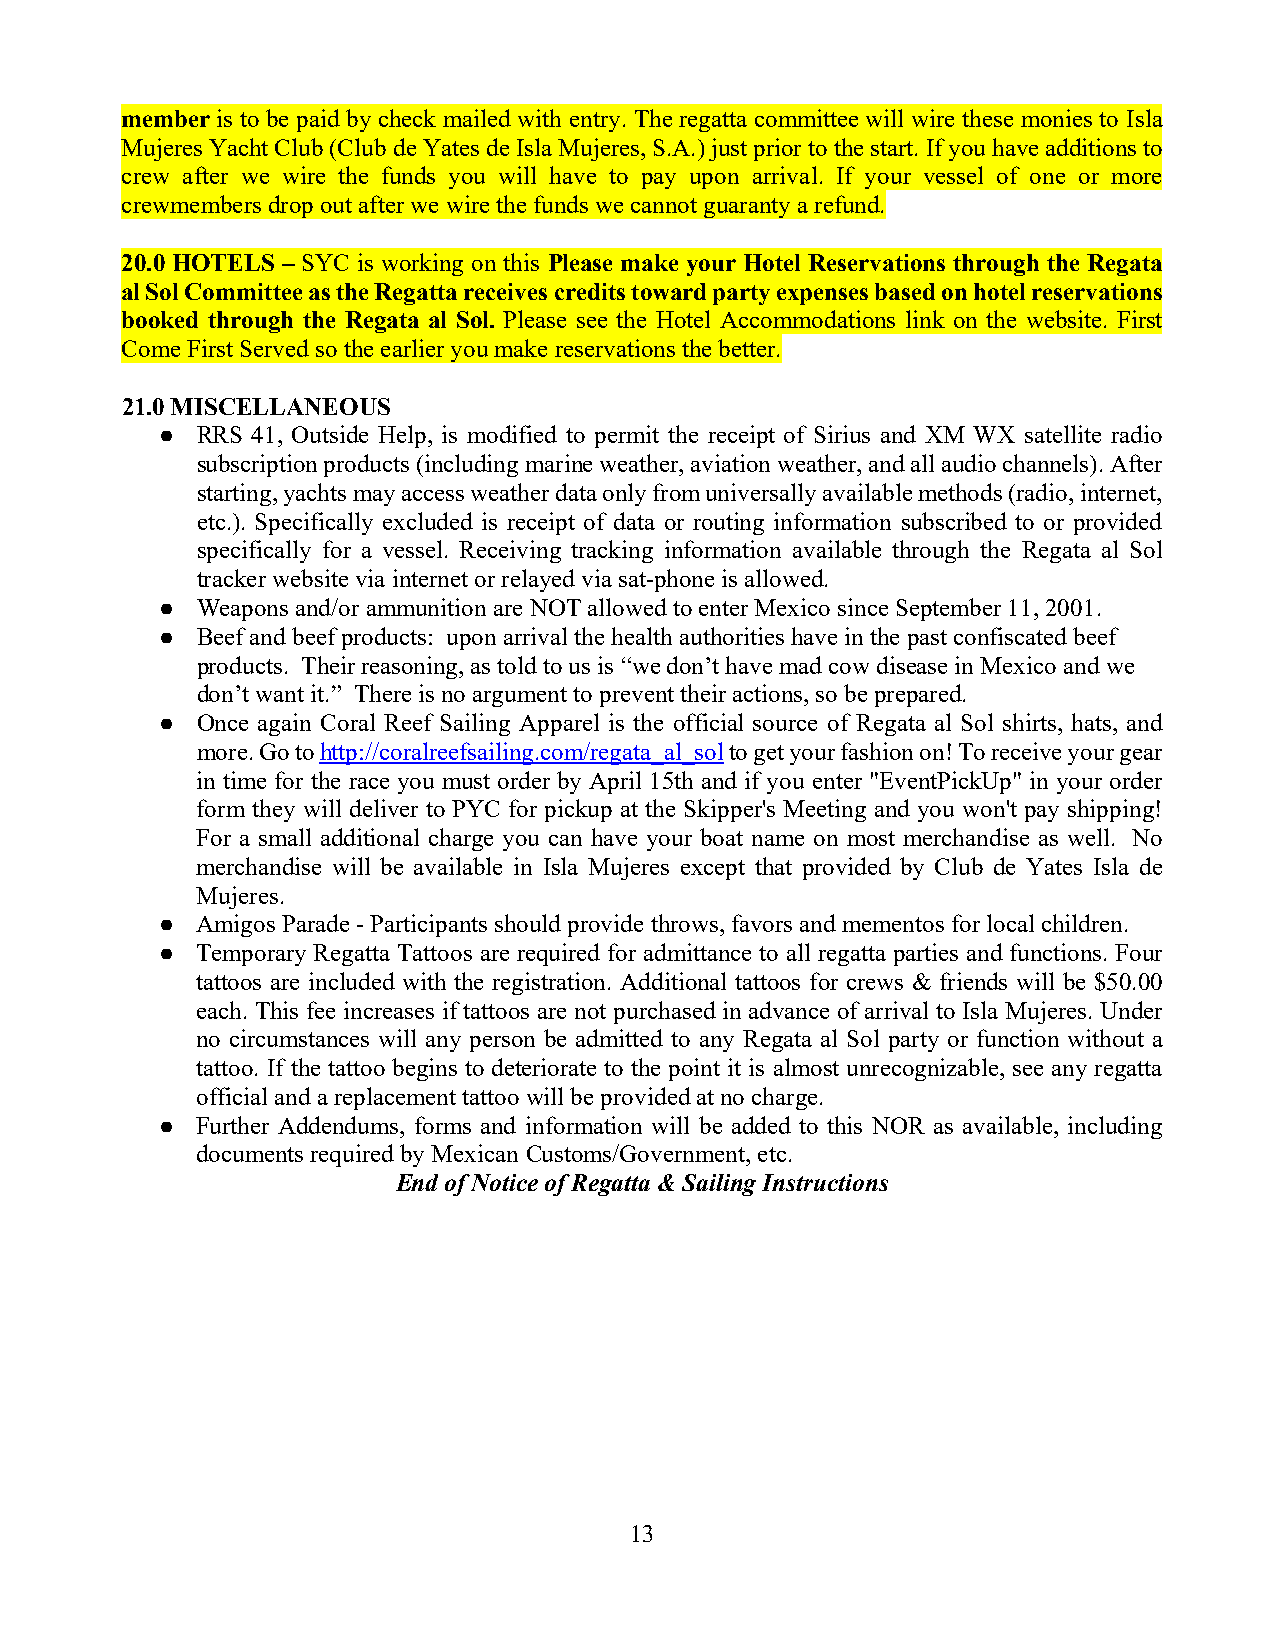
member is to be paid by check mailed with entry. The regatta committee will wire these monies to Isla
 Mujeres Yacht Club (Club de Yates de Isla Mujeres, S.A.) just prior to the start. If you have additions to
 crew after we wire the funds you will have to pay upon arrival. If your vessel of one or more
 crewmembers drop out after we wire the funds we cannot guaranty a refund.
 20.0 HOTELS – SYC is working on this Please make your Hotel Reservations through the Regata
 al Sol Committee as the Regatta receives credits toward party expenses based on hotel reservations
 booked through the Regata al Sol. Please see the Hotel Accommodations link on the website. First
 Come First Served so the earlier you make reservations the better.
 21.0 MISCELLANEOUS
 ● RRS 41, Outside Help, is modified to permit the receipt of Sirius and XM WX satellite radio
 subscription products (including marine weather, aviation weather, and all audio channels). After
 starting, yachts may access weather data only from universally available methods (radio, internet,
 etc.). Specifically excluded is receipt of data or routing information subscribed to or provided
 specifically for a vessel. Receiving tracking information available through the Regata al Sol
 tracker website via internet or relayed via sat-phone is allowed.
 ● Weapons and/or ammunition are NOT allowed to enter Mexico since September 11, 2001.
 ● Beef and beef products: upon arrival the health authorities have in the past confiscated beef
 products. Their reasoning, as told to us is “we don’t have mad cow disease in Mexico and we
 don’t want it.” There is no argument to prevent their actions, so be prepared.
 ● Once again Coral Reef Sailing Apparel is the official source of Regata al Sol shirts, hats, and
 more. Go to http://coralreefsailing.com/regata_al_sol to get your fashion on! To receive your gear
 in time for the race you must order by April 15th and if you enter "EventPickUp" in your order
 form they will deliver to PYC for pickup at the Skipper's Meeting and you won't pay shipping!
 For a small additional charge you can have your boat name on most merchandise as well. No
 merchandise will be available in Isla Mujeres except that provided by Club de Yates Isla de
 Mujeres.
 ● Amigos Parade - Participants should provide throws, favors and mementos for local children.
 ● Temporary Regatta Tattoos are required for admittance to all regatta parties and functions. Four
 tattoos are included with the registration. Additional tattoos for crews & friends will be $50.00
 each. This fee increases if tattoos are not purchased in advance of arrival to Isla Mujeres. Under
 no circumstances will any person be admitted to any Regata al Sol party or function without a
 tattoo. If the tattoo begins to deteriorate to the point it is almost unrecognizable, see any regatta
 official and a replacement tattoo will be provided at no charge.
 ● Further Addendums, forms and information will be added to this NOR as available, including
 documents required by Mexican Customs/Government, etc.
 End of Notice of Regatta & Sailing Instructions
 13